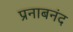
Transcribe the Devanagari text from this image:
प्रनाबनंद